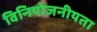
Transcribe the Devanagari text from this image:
विनियोजनीयता